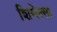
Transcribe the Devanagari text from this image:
शिगेल्सा